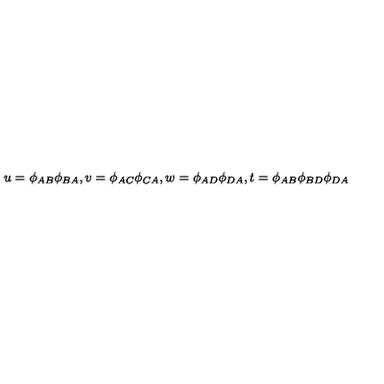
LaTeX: u = \phi _ { A B } \phi _ { B A } , v = \phi _ { A C } \phi _ { C A } , w = \phi _ { A D } \phi _ { D A } , t = \phi _ { A B } \phi _ { B D } \phi _ { D A }